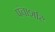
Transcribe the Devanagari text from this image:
पंचाशटि